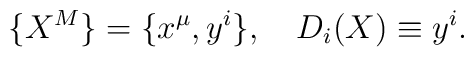
\{X^M\}=\{x^\mu,y^i\},\quad D_i(X)\equiv y^i.